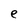
Character: e